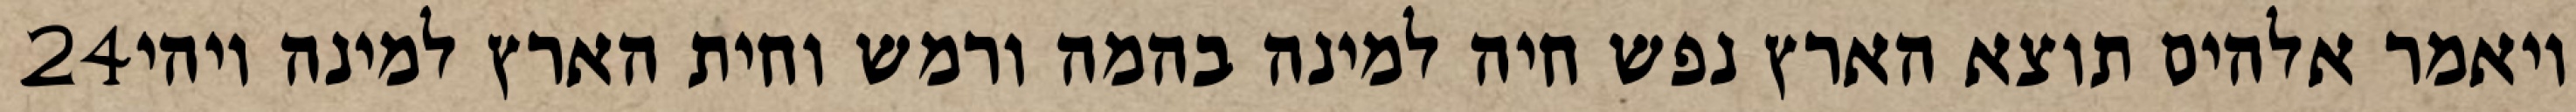
‎24‏ ויאמר אלהים תוצא הארץ נפש חיה למינה בהמה ורמש וחית הארץ למינה ויהי